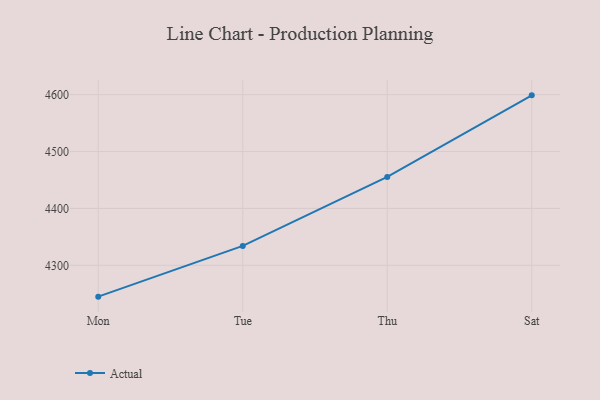
{"axis": {"x": "Day", "y": "Inventory Turnover"}, "legend": ["Actual"], "data": [{"x": "Mon", "y": 4244.9, "type": "Actual"}, {"x": "Tue", "y": 4334.1, "type": "Actual"}, {"x": "Thu", "y": 4455.4, "type": "Actual"}, {"x": "Sat", "y": 4598.8, "type": "Actual"}]}